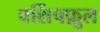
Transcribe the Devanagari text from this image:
वर्शिपफ़ुल